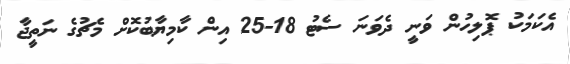
އެކަމަކު ޕޮލިހުން ވަނީ ދެވަނަ ސެޓު 18-25 އިން ކާމިޔާބުކޮށް މެޗުގެ ނަތީޖާ